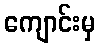
ကျောင်းမှ